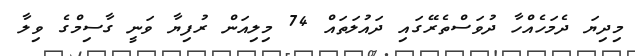
މިދިޔަ ދެމަހެއްހާ ދުވަސްތެރޭގައި ދައުލަތައް 74 މިލިއަން ރުފިޔާ ވަނީ ގާސިމްގެ ވިލާ